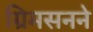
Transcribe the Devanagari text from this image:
ग्रिमसनने